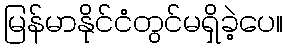
မြန်မာနိုင်ငံတွင်မရှိခဲ့ပေ။